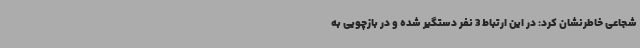
شجاعی خاطرنشان کرد: در این ارتباط 3 نفر دستگیر شده و در بازچویی به